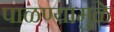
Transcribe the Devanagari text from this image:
पाळण्यामुळे